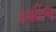
કશીજ